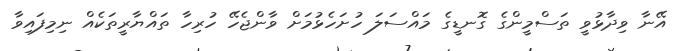
އޭނާ ވިދާޅުވީ ތަސްމީންގެ ގޮނޑީގެ މައްސަލަ ހުށަހެޅުމަށް ވާންޖެހޭ ހުރިހާ ތައްޔާރީތަކެއް ނިމިފައިވާ